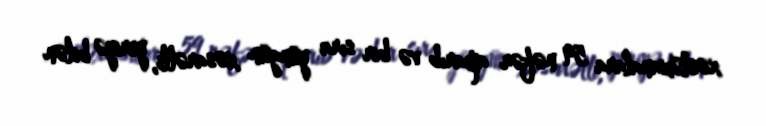
xəstəxanalara 59 nəfər aparıb və bir sıra yüngün xəsarətli, yeriyə bilən